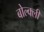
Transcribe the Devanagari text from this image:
बोल्क्ली